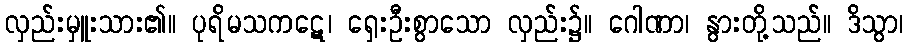
လှည်းမှူးသား၏။ ပုရိမသကဋေ၊ ရှေးဦးစွာသော လှည်း၌။ ဂေါဏာ၊ နွားတို့သည်။ ဒိသွာ၊